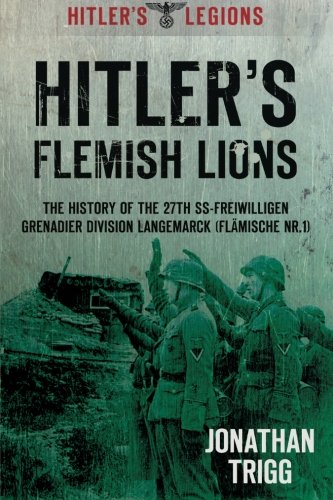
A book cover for Hitler's Flemish Lions: The History of the SS-Freiwilligan Grenadier Division Langemarck (Flamische Nr. I) (Hitler's Legions); Jonathan Trigg; History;